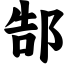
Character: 郜